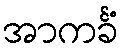
အာကင်္ခံ